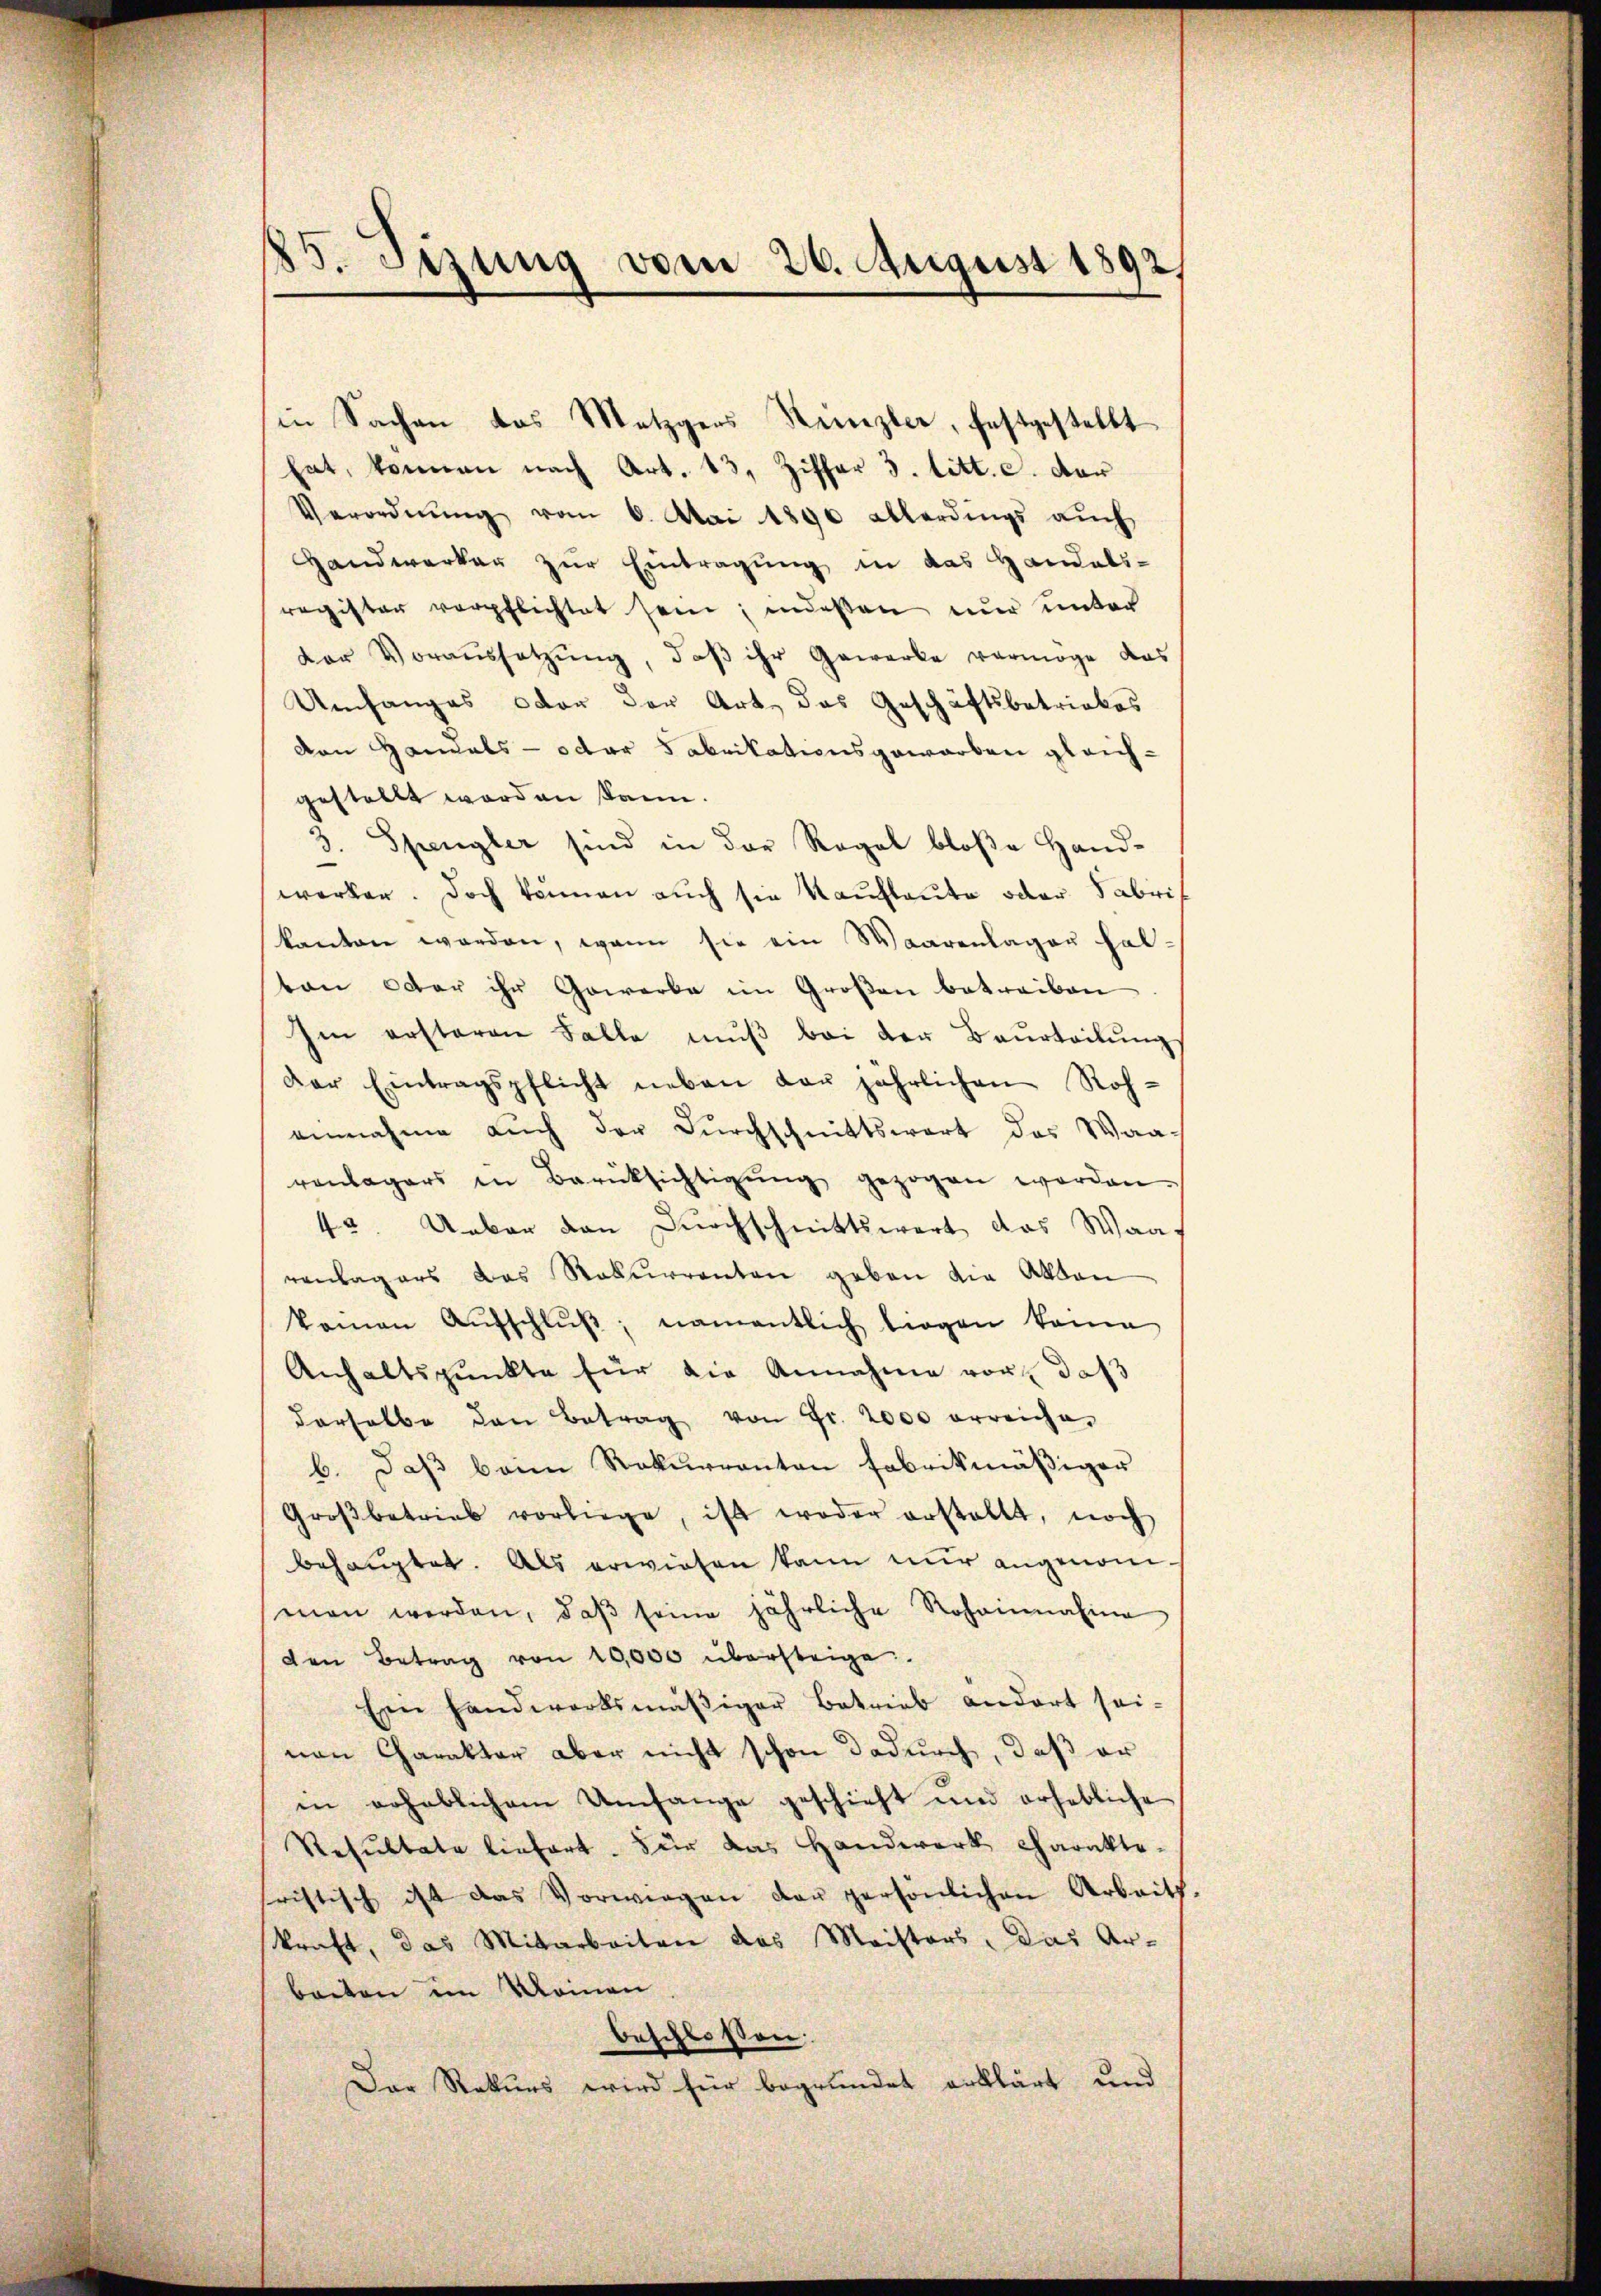
25. Jezung vom 26. August 1892

in Sachen das Metzgers Künzler, festgestellt
hat, können nach Art. 13, Ziffer 3. litt. c. der
Verordnŭng vom 6. Mai 1890 ablerdings auch
Handwerker zur Eintragung in das Handels-
register verpflichtet sein; indeßen nur unter
dor Voraussetzŭng, daβ ihr Gewerke vermöge das
Umfanges oder der Art, das Geschäftsbetrickes
von Handels- oder 3 abrikationsgewarben gleichgestellt worden kann.
5. Spengler sind in der Regal bloße Hand-
werker. Doch können auch sie Kaufleute oder Fabrikanton werden, wenn sie ein Waarenlagen hal-
ton oder ihr Gewerbe im Großen betreiben
Im ersteren Falle muß bei der Beurteilungs
Der Eintragspflicht neben der jährlichen Roheinnahme auch der Durchschnittswert das Waaranlagers in Berücksichtigŭng gezogen worden.
42. Ueber den Durchschnittswert das Waarenlagers das Rekurrenten geben die Akten
komen Aŭfschlŭβ; namentlich liegen kann
Anhaltspunkte für die Annahme vor, daß
derselbe den Betrag von Fr. 2000 erreiche,
b. Daß beim Rekurrenten Fabrikmäßiger
Groβbetrieb vorliege, ist weder erstellt, noch
behauptet. Als erwiesen kann nur angenomman werden, daβ seine jährliche Rohannafine
den Betrag von 10,000 übersteige
Ein Handwerksmäβiger Betrieb andert sei-
nen Charakter aber nicht schon dadurch, daß er
in erheblichem Umfange geschieht und erhebliche
Resultate liefert. Für das Handwerk Charakte-
fristisch ist das Vorwiegen der persönlichen Arbeit.
kraft, das Mitarbeiten das Meisters, das Arbarten im Meinen
beschlossen:
Der Rekurs wird für begründet erklärt und